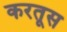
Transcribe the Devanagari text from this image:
करतूस